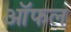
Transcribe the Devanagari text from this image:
ऑफल